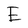
Character: E